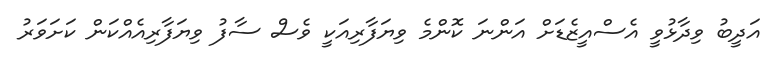
އަދީބު ވިދާޅުވީ އެސްއީޒެޑަށް އަންނަ ކޮންމެ ވިޔަފާރިއަކީ ވެސް ސާފު ވިޔަފާރިއެއްކަން ކަށަވަރު